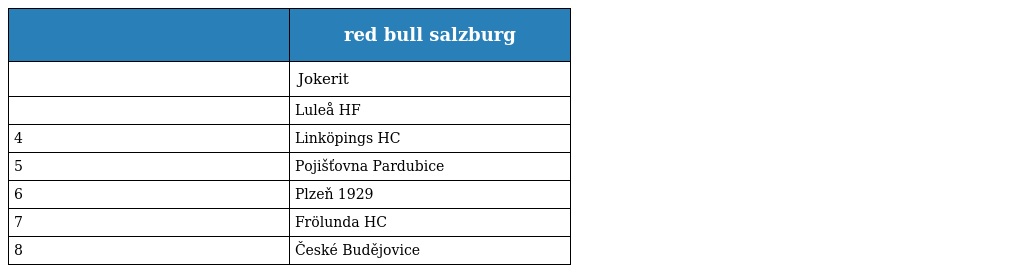
|  | red bull salzburg |
 | --- | --- |
 |  | Jokerit |
 |  | Luleå HF |
 | 4 | Linköpings HC |
 | 5 | Pojišťovna Pardubice |
 | 6 | Plzeň 1929 |
 | 7 | Frölunda HC |
 | 8 | České Budějovice |